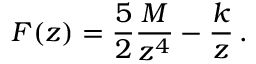
F ( z ) = { \frac { 5 } { 2 } } { \frac { M } { z ^ { 4 } } } - { \frac { k } { z } } \, .